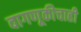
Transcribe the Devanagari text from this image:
वागणूकीचाही